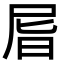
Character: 㞓